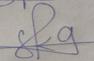
Signature authenticity: genuine